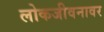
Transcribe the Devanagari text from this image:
लोकजीवनावर